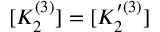
[ K _ { 2 } ^ { ( 3 ) } ] = [ K _ { 2 } ^ { \prime ( 3 ) } ]